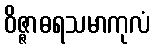
ဝိဇ္ဇာဓရသမာကုလံ